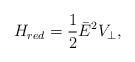
LaTeX: \begin{align*}H_{red}=\frac{1}{2}\bar E^2 V_\perp,\end{align*}